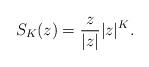
LaTeX: \begin{align*}S_K(z) = \frac{z}{|z|}|z|^K.\end{align*}